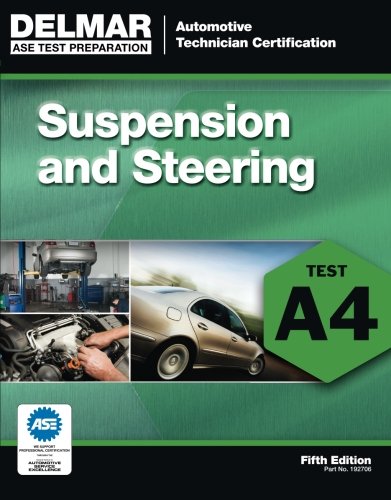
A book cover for ASE Test Preparation - A4 Suspension and Steering (Automobile Certification Series); Delmar; Test Preparation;